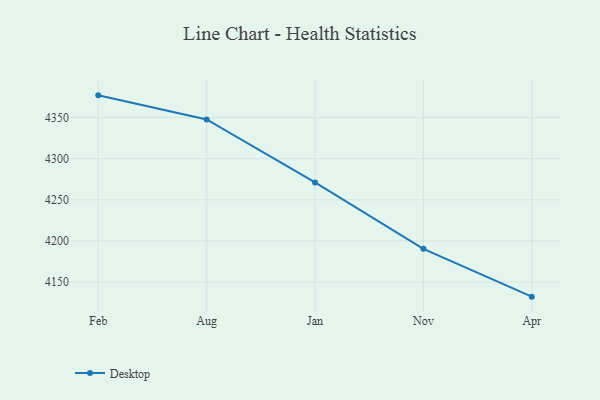
{"axis": {"x": "Month", "y": "Headcount"}, "legend": ["Desktop"], "data": [{"x": "Feb", "y": 4377.1, "type": "Desktop"}, {"x": "Aug", "y": 4347.7, "type": "Desktop"}, {"x": "Jan", "y": 4271.1, "type": "Desktop"}, {"x": "Nov", "y": 4190.3, "type": "Desktop"}, {"x": "Apr", "y": 4132.1, "type": "Desktop"}]}